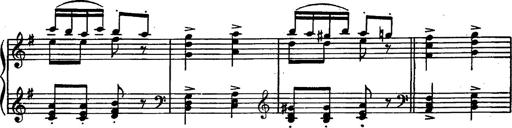
Title: Magyar rapszÃ³diÃ¡k
Composer: Franz Liszt